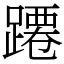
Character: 蹮